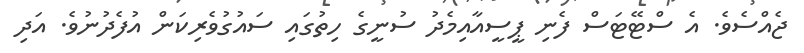
ޖެއްސެވެ. އެ ސްޓޭޓަސް ފެނި ޕީސީއާއިމެދު ސުނީގެ ހިތުގައި ސައުގުވެރިކަން އުފެދުނުވެ. އަދި